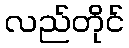
လည်တိုင်